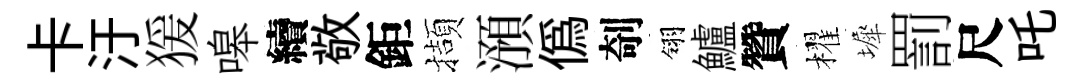
卡汙猨嗥續敬鉅擷澦偽剞翎鱸贊櫂墀罰尺吒